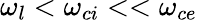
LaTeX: \omega_{l}<\omega_{ci}<<\omega_{ce}